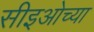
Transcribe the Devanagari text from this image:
सीइओच्या